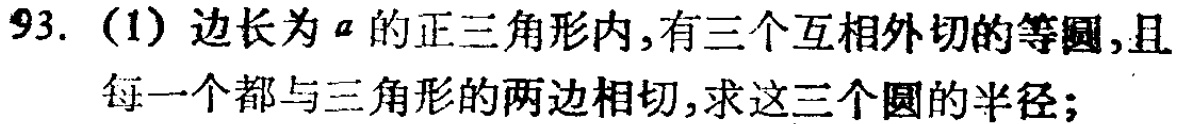
93. (1) 边长为 \(a\) 的正三角形内, 有三个互相外切的等圆, 且每一个都与三角形的两边相切, 求这三个圆的半径;